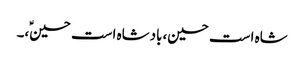
شاہ است حسین،بادشاہ است حسینؑ،۔